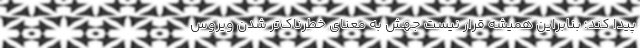
پیدا کند؛ بنابراین همیشه قرار نیست جهش به معنای خطرناک‌تر شدن ویروس